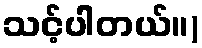
သင့်ပါတယ်။)